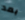
بعد